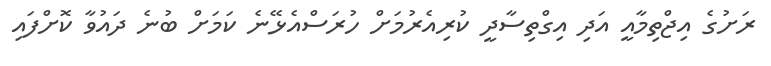
ރަށުގެ އިޖްތިމާއީ އަދި އިގްތިސާދީ ކުރިއެރުމަށް ހުރަސްއެޅޭނެ ކަމަށް ބުނެ ދައުވާ ކޮށްފައި